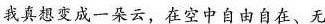
我真想变成一朵云，在空中自由自在、无